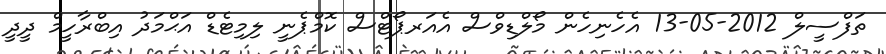
ތަފްސީލް 2012-05-13 އެހެނިހެން މޯލްޑިވްސް އެއަރޕޯޓްސް ކޮމްޕެނީ ލިމިޓެޑް އަޙްމަދު އިބްރާހީމް ދީދީ